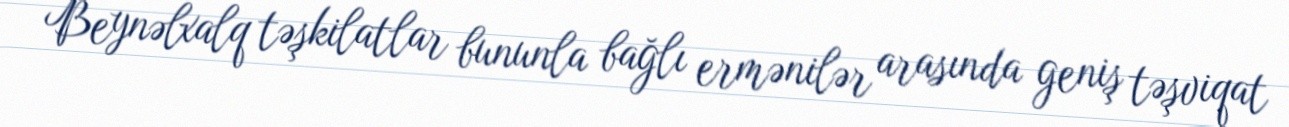
Beynəlxalq təşkilatlar bununla bağlı ermənilər arasında geniş təşviqat